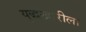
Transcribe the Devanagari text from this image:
युद्धखोरीला